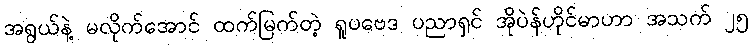
အရွယ်နဲ့ မလိုက်အောင် ထက်မြက်တဲ့ ရူပဗေဒ ပညာရှင် အိုပဲန်ဟိုင်မာဟာ အသက် ၂၅